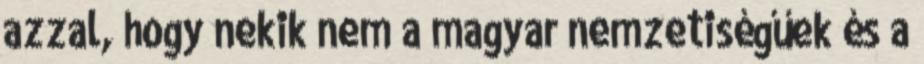
azzal, hogy nekik nem a magyar nemzetiségűek és a